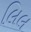
લિલ